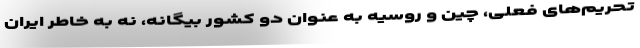
تحریم‌های فعلی، چین و روسیه به عنوان دو کشور بیگانه، نه به خاطر ایران